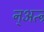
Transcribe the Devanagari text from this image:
न्अत्न्र्